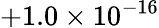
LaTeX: +1.0\times 10^{-16}